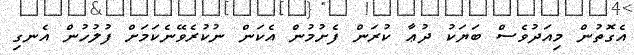
އެގޮތުން މިއަދުވެސް ބަޔަކު ދުޢާ ކުރަން ފެށުމުން އެކަން ނުކުރެވޭނެކަމަށް ފުލުހުން އެނގި